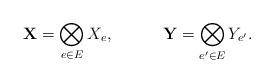
LaTeX: \begin{align*}\mathbf{X}=\bigotimes_{e\in E}X_e,\qquad\quad\mathbf{Y}=\bigotimes_{e^\prime\in E}Y_{e^\prime}.\end{align*}